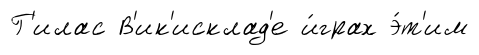
Г'илас В'ик'исклад'е и́грах э́т'им